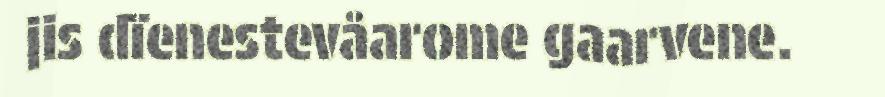
jis dïenestevåarome gaarvene.